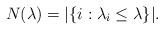
LaTeX: \begin{align*} N(\lambda)=|\{i:\lambda_i\leq \lambda\}|.\end{align*}